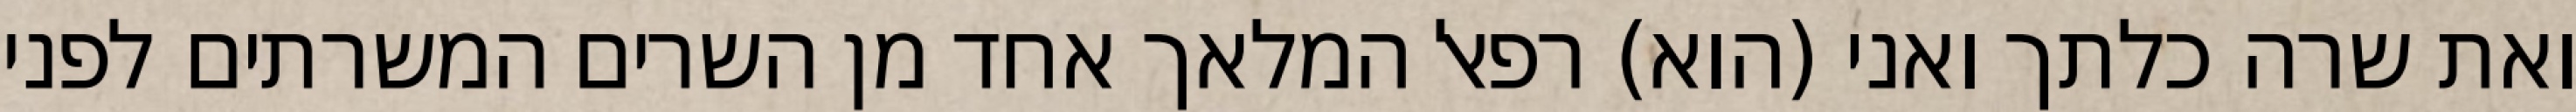
ואת שרה כלתך ואני (הוא) רפאל המלאך אחד מן השרים המשרתים לפני